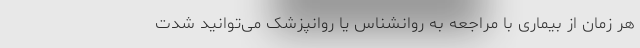
هر زمان از بیماری با مراجعه به روانشناس یا روانپزشک می‌توانید شدت